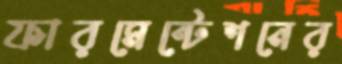
ফারমেন্টেশনের